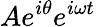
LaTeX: Ae^{i\theta}e^{i\omega t}